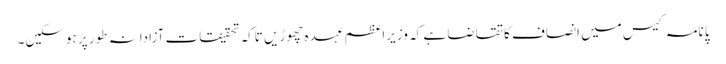
پانامہ کیس میں انصاف کا تقاضا ہے کہ وزیراعظم عہدہ چھوڑیں تاکہ تحقیقات آزادانہ طور پر ہوسکیں۔